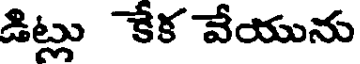
డిట్లు కేక వేయును